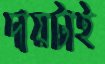
দায়টাই